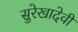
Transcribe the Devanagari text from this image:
सुरेखादेवी